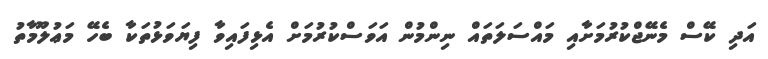
އަދި ކޭސް މެނޭޖްކުރުމަށާއި މައްސަލަތައް ނިންމުން އަވަސްކުރުމަށް އެޅިފައިވާ ފިޔަވަޅުތަކާ ބެހޭ މަޢުލޫމާތު